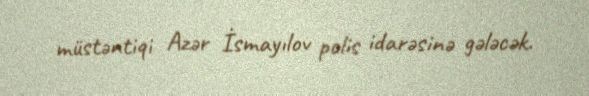
müstəntiqi Azər İsmayılov polis idarəsinə gələcək.